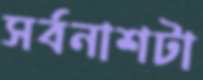
সর্বনাশটা